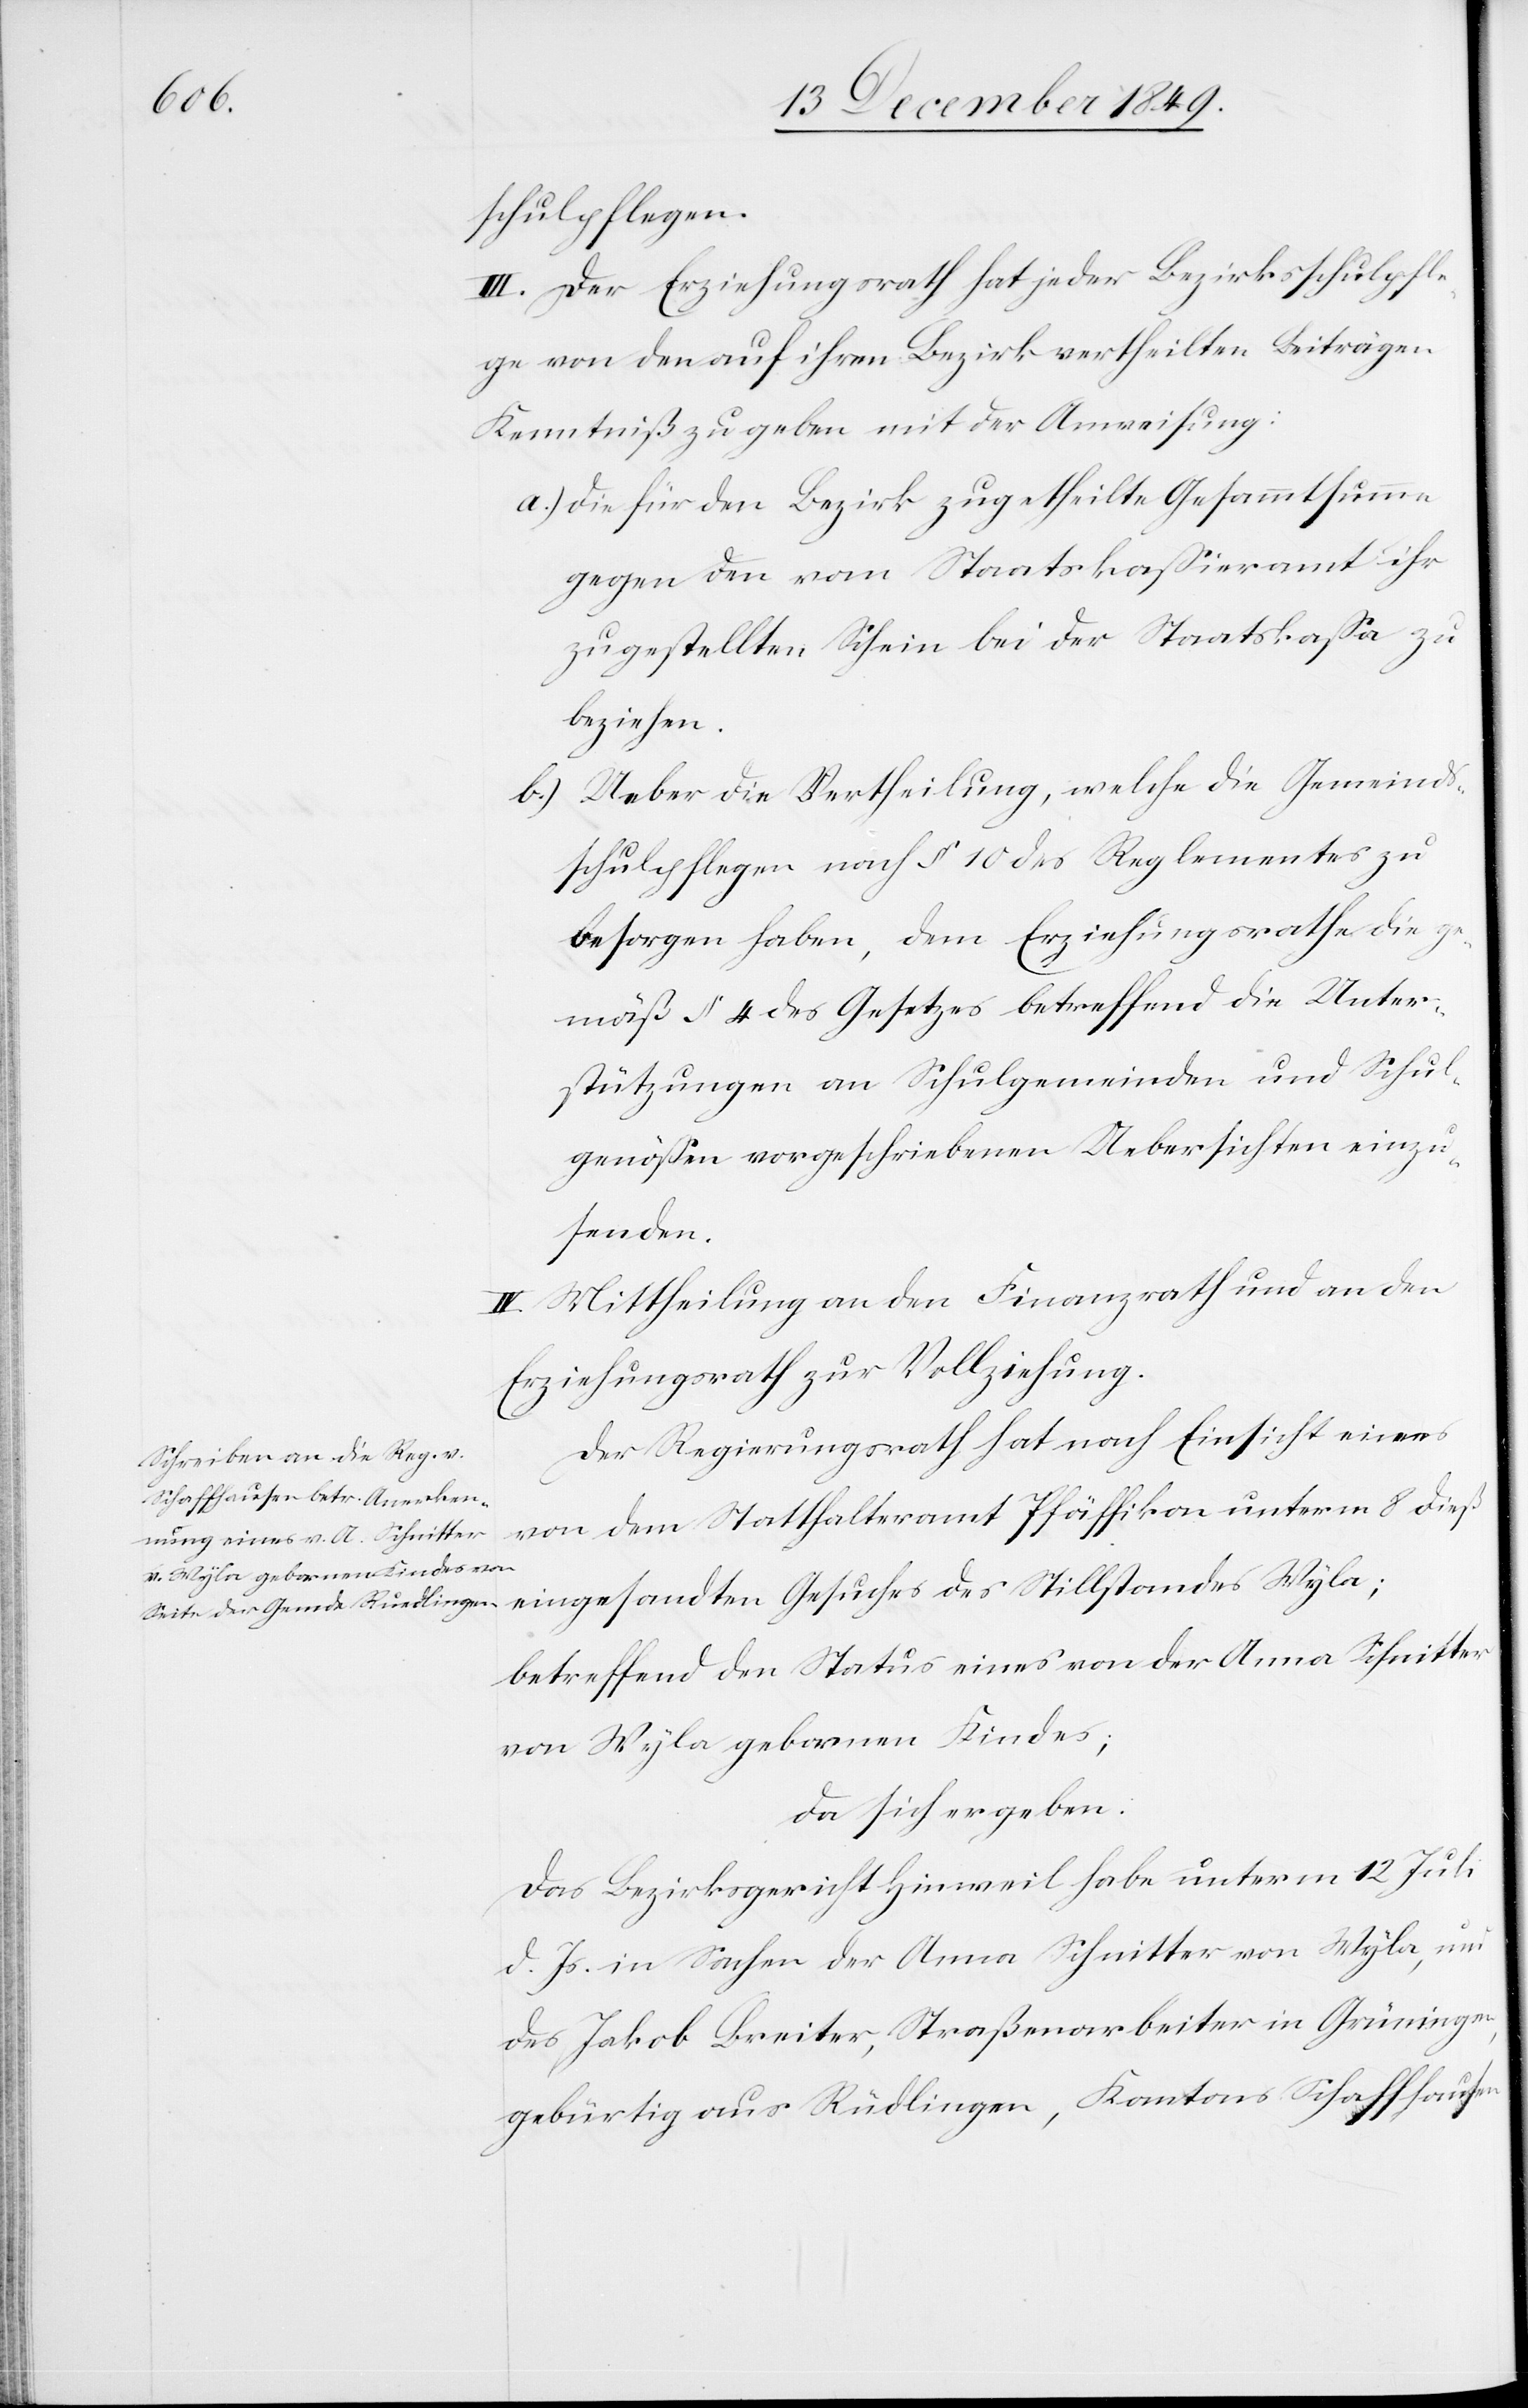
schulpflegen.
III. Der Erziehungsrath hat jeder Bezirksschulpfle¬
ge von den auf ihren Bezirk vertheilten Beiträgen
Kenntniß zu geben mit der Anweisung:
a.) Die für den Bezirk zugetheilte Gesammtsumme
gegen den vom Staatskaßieramt ihr
zugestellten Schein bei der Staatskaßa zu
beziehen.
b.) Ueber die Vertheilung, welche die Gemeinds¬
schulpflegen nach § 10 des Reglementes zu
besorgen haben, dem Erziehungsrathe die ge¬
mäß § 4 des Gesetzes betreffend die Unter¬
stützungen an Schulgemeinden und Schul¬
genoßen vorgeschriebenen Uebersichten einzu¬
senden.
IV. Mittheilung an den Finanzrath und an den
Erziehungsrath zur Vollziehung.
Der Regierungsrath hat nach Einsicht eines
von dem Statthalteramt Pfäffikon unterm 8 dieß
betreffend den Status eines von der Anna Schnitter
von Wyla gebornen Kindes;
da sich ergeben:
Das Bezirksgericht Hinweil habe unterm 12 Juli
d. Js. in Sachen der Anna Schnitter von Wyla, und
des Jakob Breiter, Straßenarbeiter in Grüningen
gebürtig aus Rüdlingen, Kantons Schaffhausen